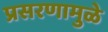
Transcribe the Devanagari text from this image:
प्रसरणामुळे